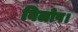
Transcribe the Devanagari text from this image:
विलोप।